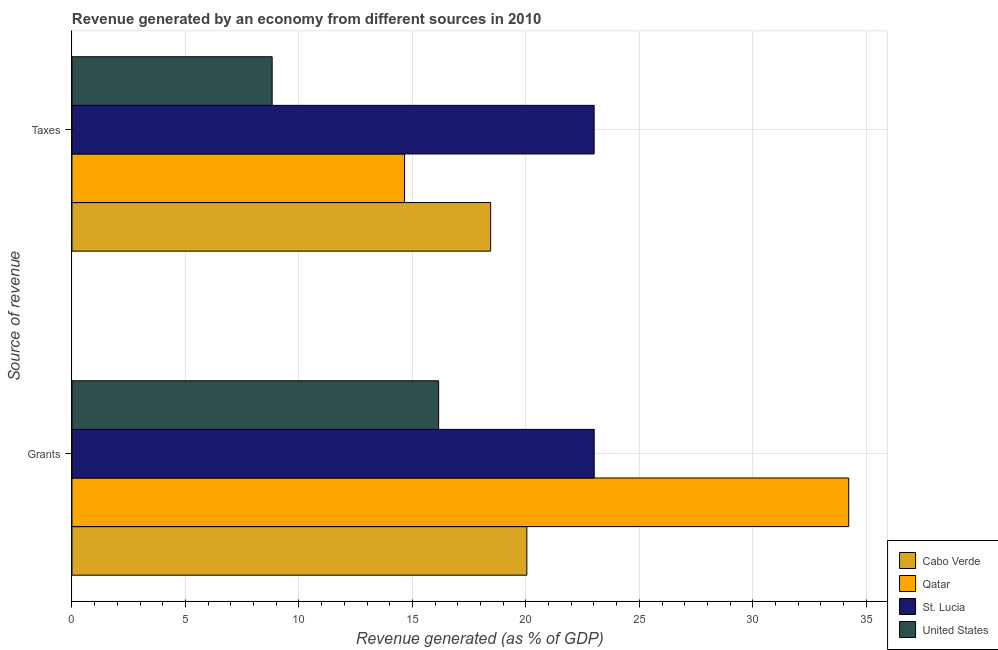
| Source of revenue | Cabo Verde | Qatar | St. Lucia | United States |
 | --- | --- | --- | --- | --- |
 | Grants | 20 | 34.2 | 23 | 16.2 |
 | Taxes | 18.4 | 14.7 | 23 | 8.82 |